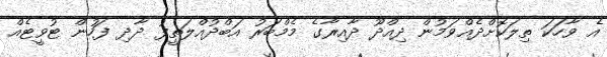
އެ ވާހަކަ ތިލަކޮށްދެއްވަމުން ދިއްދޫ ދާއިރާގެ މެމްބަރު އަބްދުއްލަތީފު ދާދި ފަހުން ޓުވީޓެއް